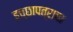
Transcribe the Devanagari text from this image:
इच्छापत्राचा